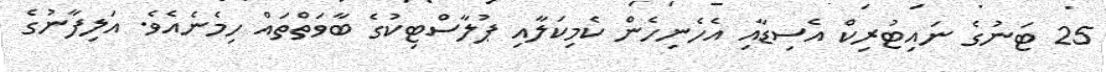
25 ޓަނުގެ ނައިޓުރިކް އެސިޑާއި އެހެނިހެން ކެމިކަލާއި ޕުލާސްޓިކުގެ ބާވަތްތައް ހިމެނެއެވެ. އަލިފާނުގެ